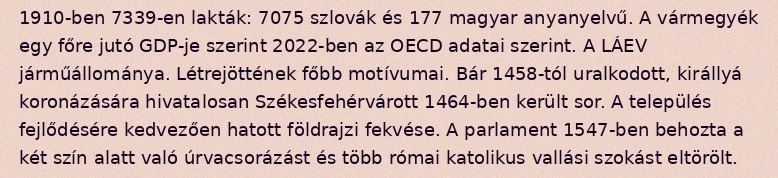
1910-ben 7339-en lakták: 7075 szlovák és 177 magyar anyanyelvű. A vármegyék egy főre jutó GDP-je szerint 2022-ben az OECD adatai szerint. A LÁEV járműállománya. Létrejöttének főbb motívumai. Bár 1458-tól uralkodott, királlyá koronázására hivatalosan Székesfehérvárott 1464-ben került sor. A település fejlődésére kedvezően hatott földrajzi fekvése. A parlament 1547-ben behozta a két szín alatt való úrvacsorázást és több római katolikus vallási szokást eltörölt.